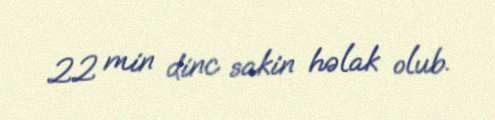
22 min dinc sakin həlak olub.